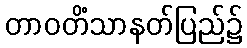
တာဝတိံသာနတ်ပြည်၌